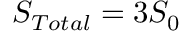
S _ { T o t a l } = 3 S _ { 0 }